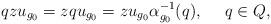
LaTeX: \begin{align*} q z u_{g_0} = z q u_{g_0} = z u_{g_0} \alpha_{g_0}^{-1}(q), \ \ \ \ q \in Q,\end{align*}